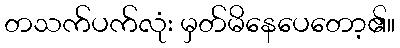
တသက်ပက်လုံး မှတ်မိနေပေတော့၏။